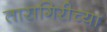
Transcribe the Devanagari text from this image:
तारागिरीच्या